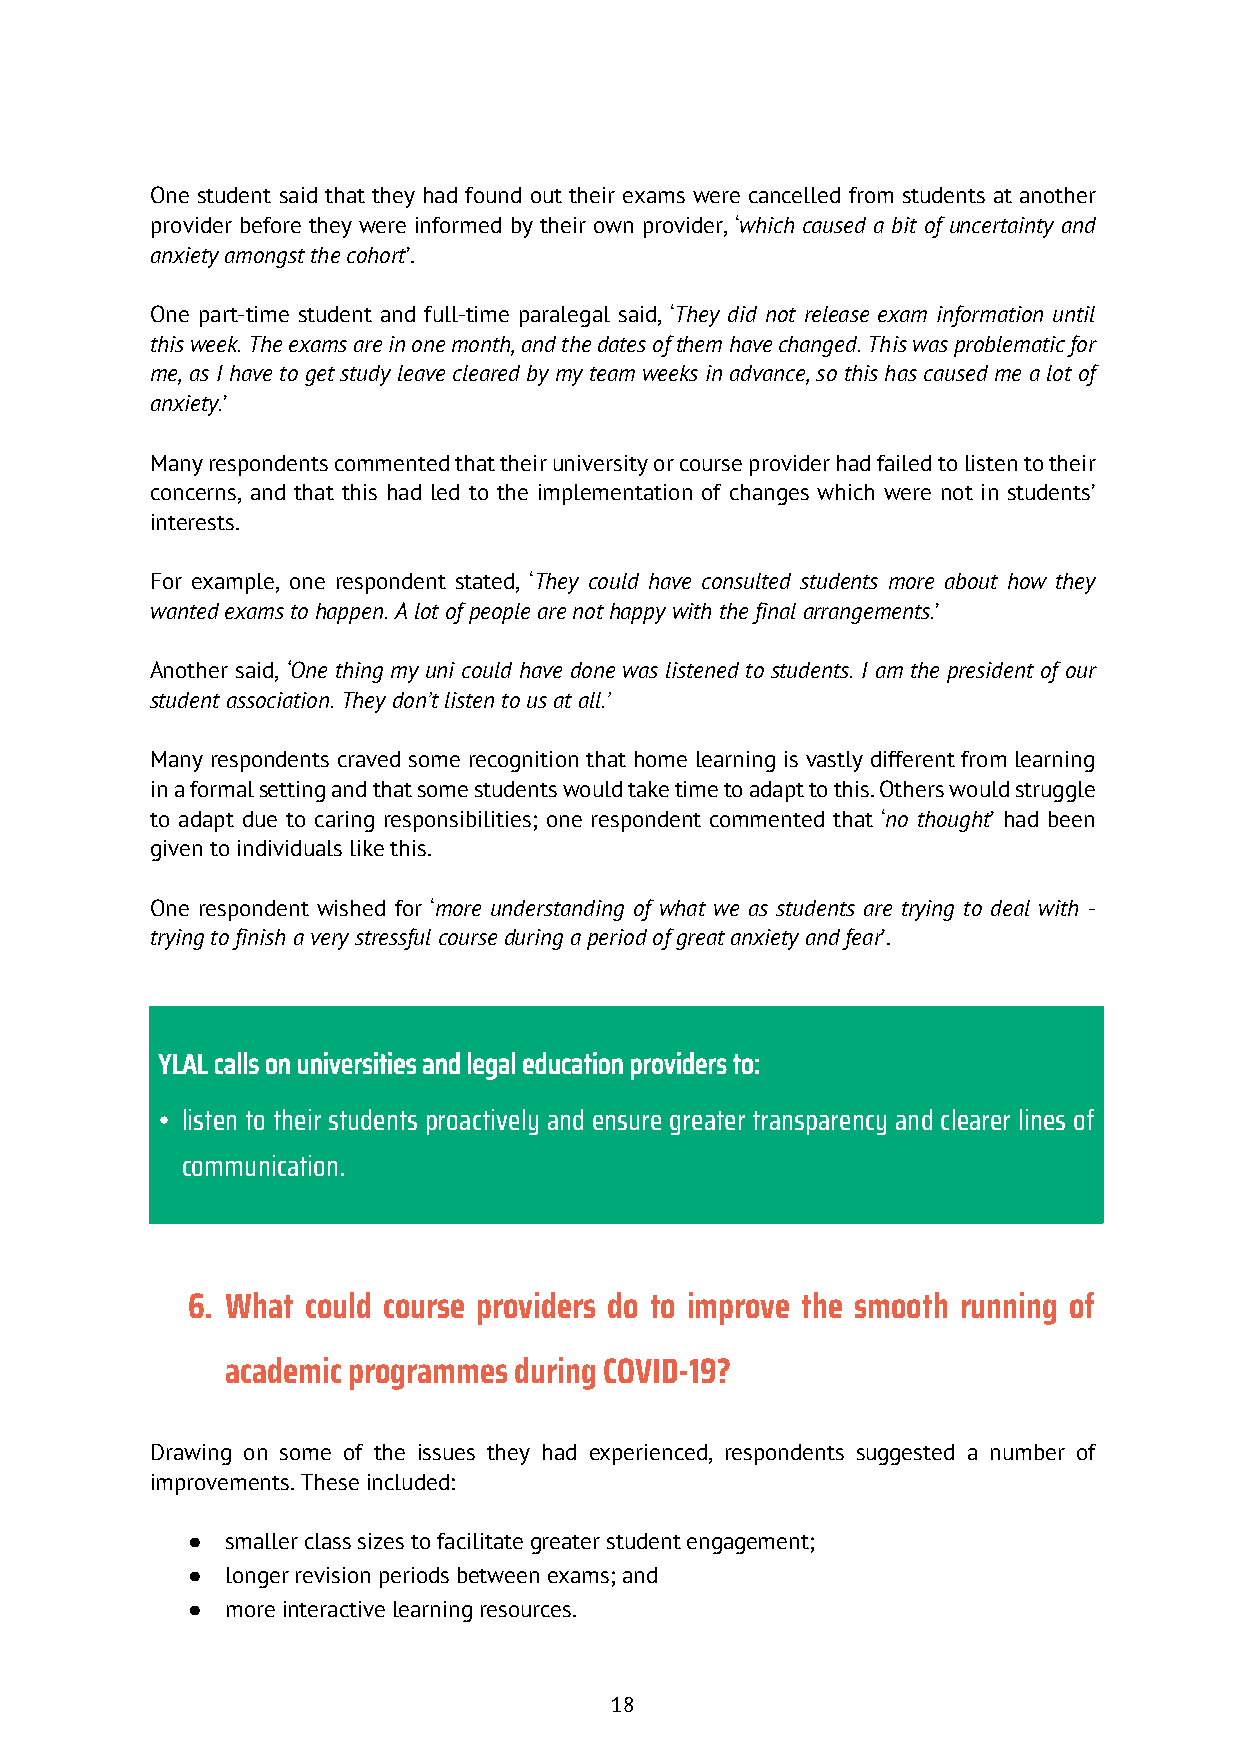
One student said that they had found out their exams were cancelled from students at another
 provider before they were informed by their own provider, ‘which caused a bit of uncertainty and
 anxiety amongst the cohort’.
 One part-time student and full-time paralegal said, ‘They did not release exam information until
 this week. The exams are in one month, and the dates of them have changed. This was problematic for
 me, as I have to get study leave cleared by my team weeks in advance, so this has caused me a lot of
 anxiety.’
 Many respondents commented that their university or course provider had failed to listen to their
 concerns, and that this had led to the implementation of changes which were not in students’
 interests.
 For example, one respondent stated, ‘They could have consulted students more about how they
 wanted exams to happen. A lot of people are not happy with the final arrangements.’
 Another said, ‘One thing my uni could have done was listened to students. I am the president of our
 student association. They don’t listen to us at all.’
 Many respondents craved some recognition that home learning is vastly different from learning
 in a formal setting and that some students would take time to adapt to this. Others would struggle
 to adapt due to caring responsibilities; one respondent commented that ‘no thought’ had been
 given to individuals like this.
 One respondent wished for ‘more understanding of what we as students are trying to deal with -
 trying to finish a very stressful course during a period of great anxiety and fear’.
 YLAL calls on universities and legal education providers to:
 • listen to their students proactively and ensure greater transparency and clearer lines of
 communication.
 6. What could course providers do to improve the smooth running of
 academic programmes during COVID-19?
 Drawing on some of the issues they had experienced, respondents suggested a number of
 improvements. These included:
 ●  smaller class sizes to facilitate greater student engagement;
 ●  longer revision periods between exams; and
 ●  more interactive learning resources.
 18